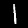
Label: 1